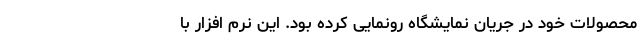
محصولات خود در جریان نمایشگاه رونمایی کرده بود. این نرم افزار با